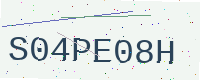
Text: S04PE08H